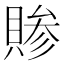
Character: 𬥞